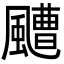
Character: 𩘳